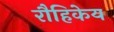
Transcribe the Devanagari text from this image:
रौहिकेय